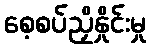
စေ့စပ်ညှိနှိုင်းမှု